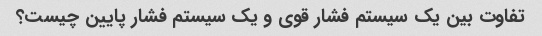
تفاوت بین یک سیستم فشار قوی و یک سیستم فشار پایین چیست؟